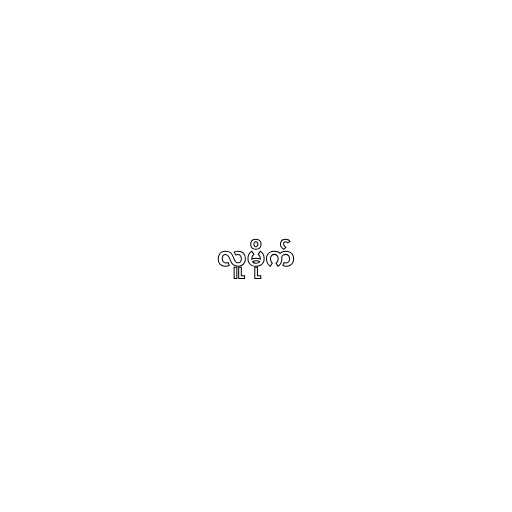
လူမိုက်